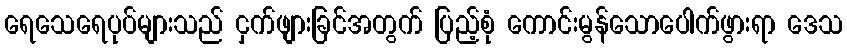
ရေသေရေပုပ်များသည် ငှက်ဖျားခြင်အတွက် ပြည့်စုံ ကောင်းမွန်သောပေါက်ဖွားရာ ဒေသ